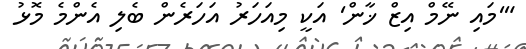
"'މައި ނޭމް އިޒް ޚާން' އަކީ މިއަހަރު އަހަރެން ބެލި އެންމެ މޮޅު